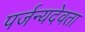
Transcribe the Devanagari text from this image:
पर्जन्यदेवता